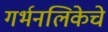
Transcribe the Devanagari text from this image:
गर्भनलिकेचे